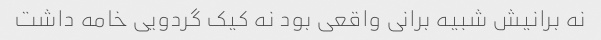
نه برانیش شبیه برانی واقعی بود نه کیک گردویی خامه داشت